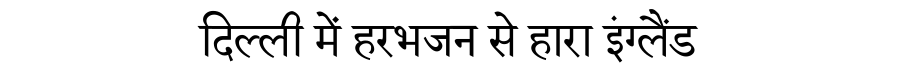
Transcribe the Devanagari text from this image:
दिल्ली में हरभजन से हारा इंग्लैंड